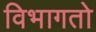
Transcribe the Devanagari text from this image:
विभागतो